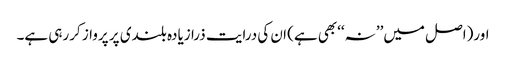
اور(اصل میں’’ نہ‘‘بھی ہے) ان کی درایت ذرا زیادہ بلندی پر پرواز کررہی ہے۔